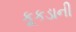
કૂકડાની